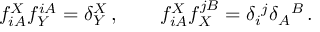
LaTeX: f _ { i A } ^ { X } f _ { Y } ^ { i A } = \delta _ { Y } ^ { X } \, , \qquad f _ { i A } ^ { X } f _ { X } ^ { j B } = \delta _ { i } { } ^ { j } \delta _ { A } { } ^ { B } \, .